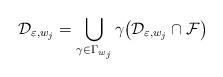
LaTeX: \begin{align*}\mathcal{D}_{\varepsilon,w_{j}}=\bigcup_{\gamma\in\Gamma_{w_{j}}}\gamma\big(\mathcal{D}_{\varepsilon,w_{j}}\cap\mathcal{F}\big) \end{align*}